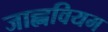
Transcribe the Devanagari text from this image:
जाह्नवियम